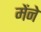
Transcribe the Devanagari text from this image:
मेंने